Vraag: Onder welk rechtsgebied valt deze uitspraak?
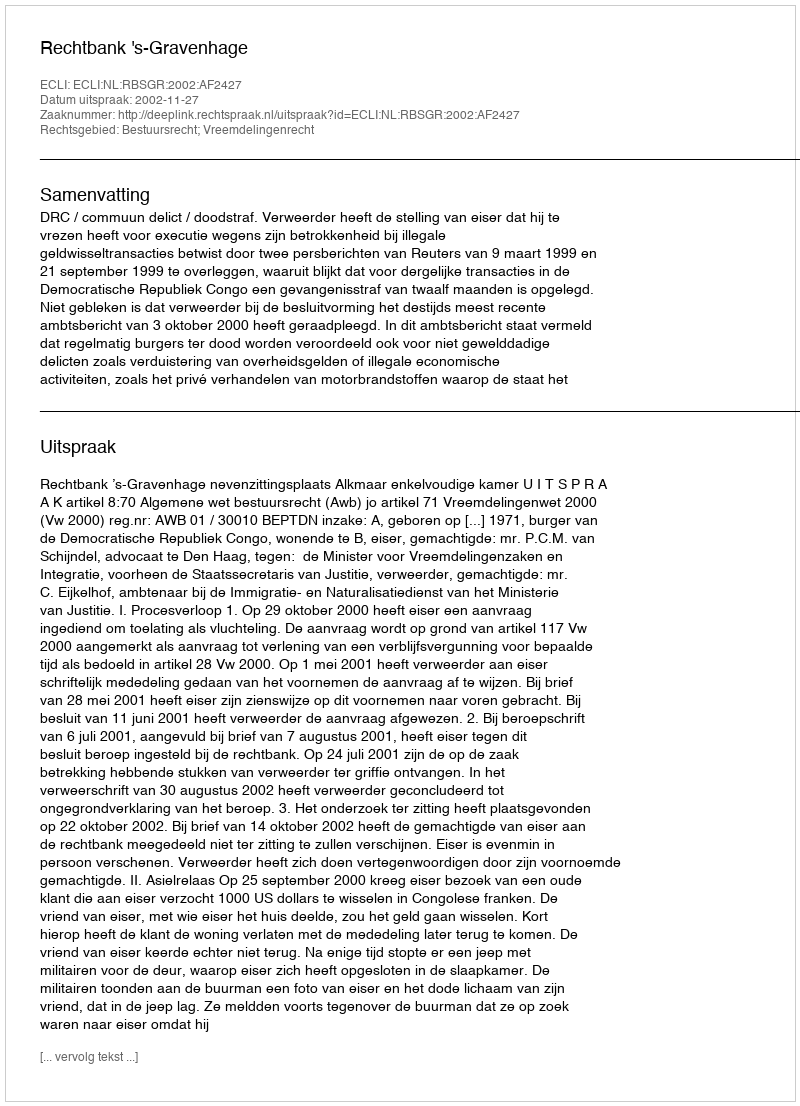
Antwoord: Bestuursrecht; Vreemdelingenrecht